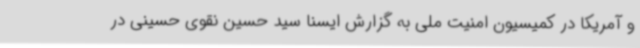
و آمریکا در کمیسیون امنیت ملی به گزارش ایسنا سید حسین نقوی حسینی در